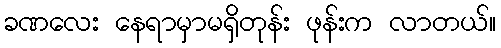
ခဏလေး နေရာမှာမရှိတုန်း ဖုန်းက လာတယ်။